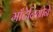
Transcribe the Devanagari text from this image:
माँटेनिग्रोने